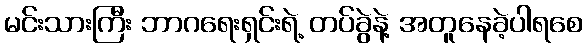
မင်းသားကြီး ဘာဂရေးရှင်းရဲ့ တပ်ခွဲနဲ့ အတူနေခဲ့ပါရစေ